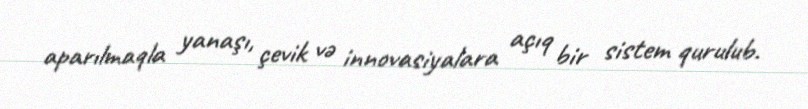
aparılmaqla yanaşı, çevik və innovasiyalara açıq bir sistem qurulub.